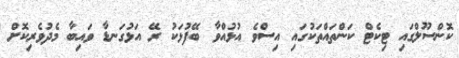
ކޮންސޫލްގައި ޓިކެޓް ކަންތައްތަކުގައި އިސްވެ އުޅުއްވާ ބޭފުޅަކު ރޭ އަޅުގަނޑާ ވައިބާ މެދުވެރިކޮށް